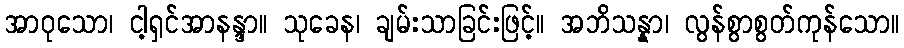
အာဝုသော၊ ငါ့ရှင်အာနန္ဒာ။ သုခေန၊ ချမ်းသာခြင်းဖြင့်။ အဘိသန္နာ၊ လွန်စွာစွတ်ကုန်သော။